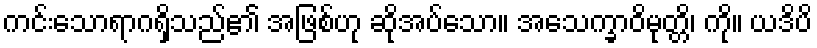
ကင်းသောရာဂရှိသည်၏ အဖြစ်ဟု ဆိုအပ်သော။ အသေက္ခာဝိမုတ္တိ၊ ကို။ ယဒိပိ